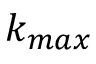
k _ { m a x }